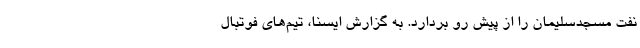
نفت مسجدسلیمان را از پیش رو بردارد. به گزارش ایسنا، تیم‌های فوتبال